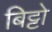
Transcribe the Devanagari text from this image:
बिट्टो